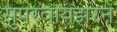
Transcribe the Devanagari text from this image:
सुपरवायझरने